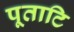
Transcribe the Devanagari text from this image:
पूताटि